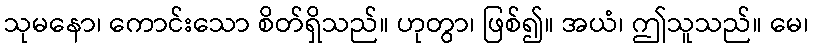
သုမနော၊ ကောင်းသော စိတ်ရှိသည်။ ဟုတွာ၊ ဖြစ်၍။ အယံ၊ ဤသူသည်။ မေ၊